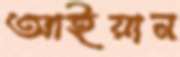
আইয়ান